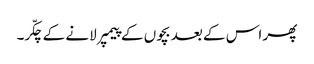
پھر اس کے بعد بچوں کے پیمپر لانے کے چکّر۔